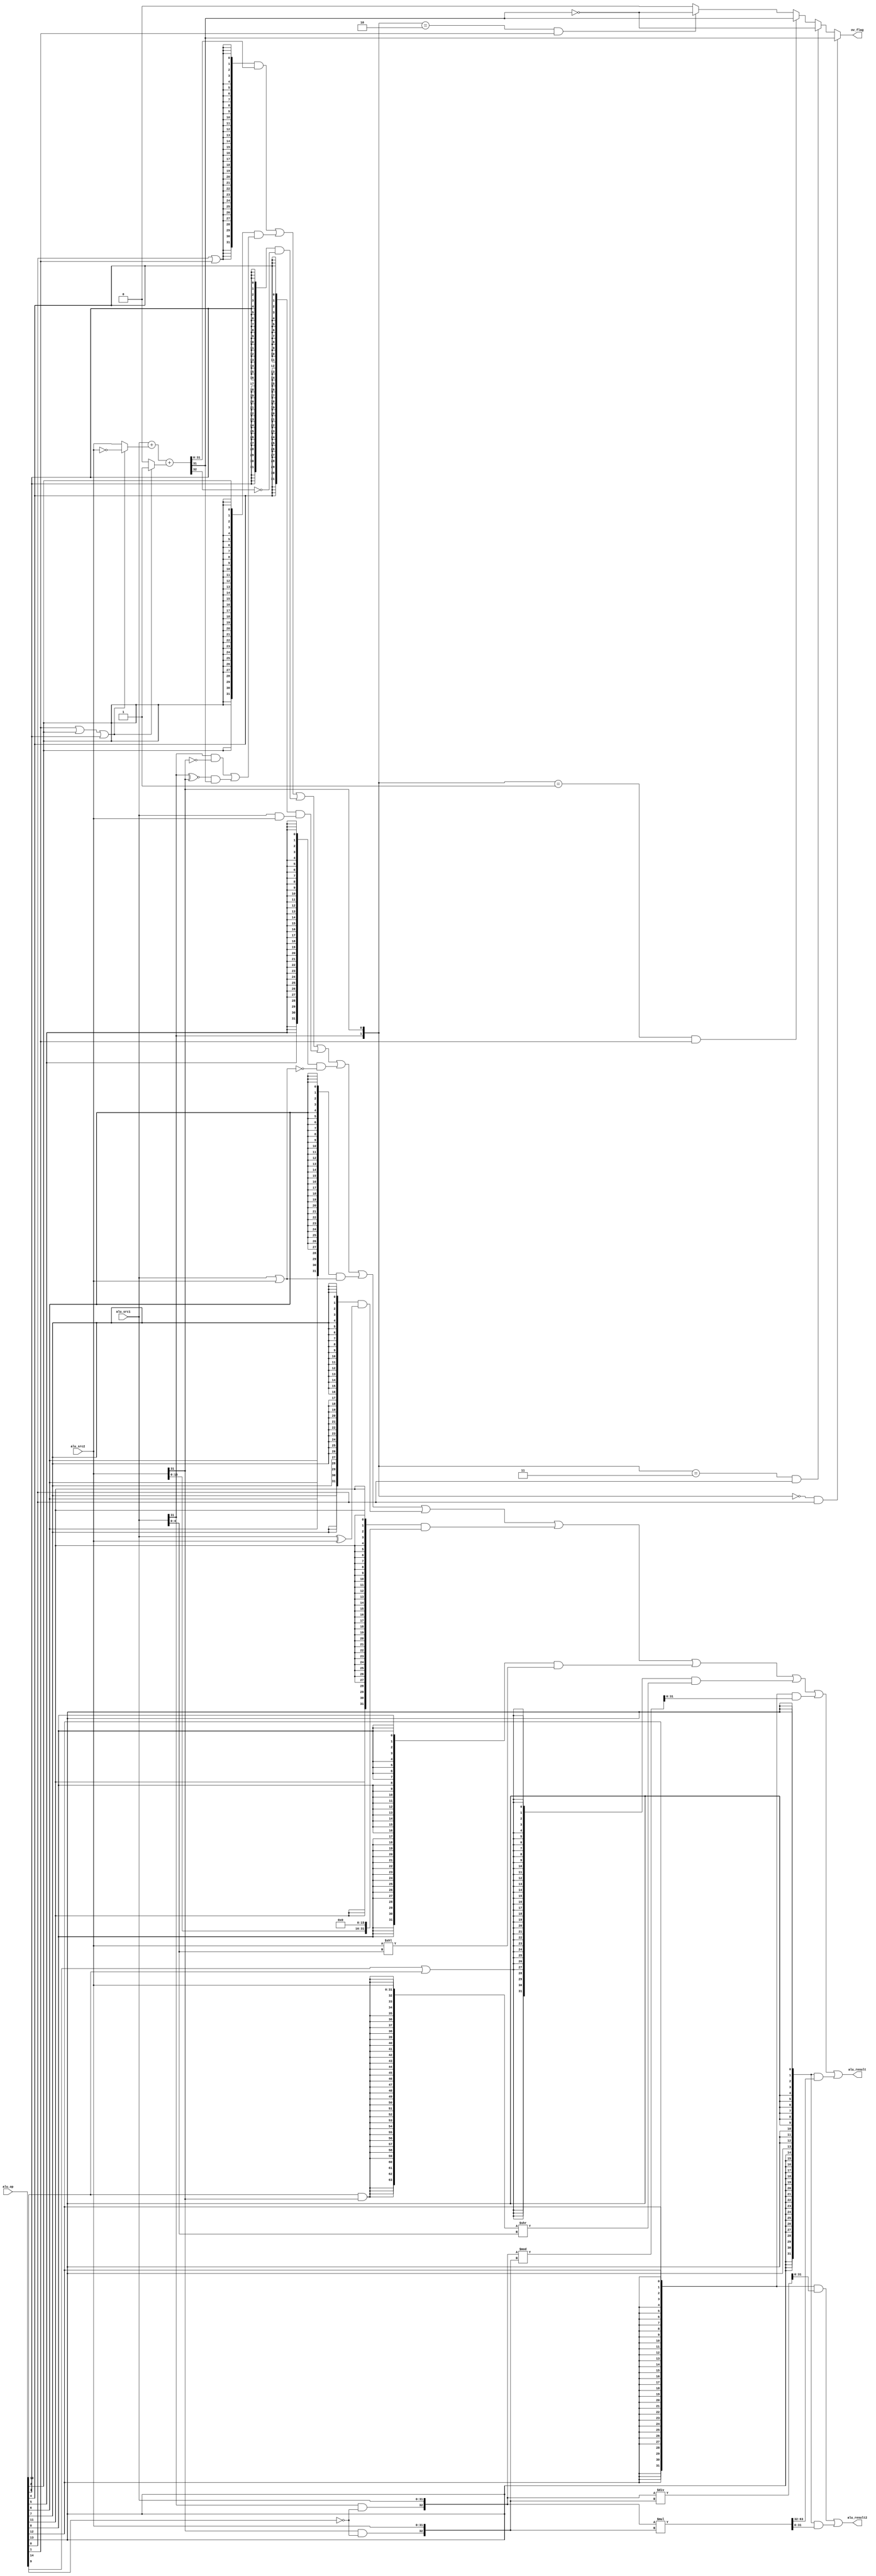
module alu(
  input  [14:0] alu_op,
  input  [31:0] alu_src1,
  input  [31:0] alu_src2,
  output        ov_flag ,
  output [31:0] alu_result ,
  output [31:0] alu_result2 
);

wire op_add;   //
wire op_sub;   //
wire op_slt;   //
wire op_sltu;  //
wire op_and;   //
wire op_nor;   //
wire op_or;    //
wire op_xor;   //
wire op_sll;   //
wire op_srl;   //
wire op_sra;   //
wire op_lui;   //
wire op_mult; // multiple
wire op_div; // divide

// control code decomposition
assign op_add  = alu_op[ 0];
assign op_sub  = alu_op[ 1];
assign op_slt  = alu_op[ 2];
assign op_sltu = alu_op[ 3];
assign op_and  = alu_op[ 4];
assign op_nor  = alu_op[ 5];
assign op_or   = alu_op[ 6];
assign op_xor  = alu_op[ 7];
assign op_sll  = alu_op[ 8];
assign op_srl  = alu_op[ 9];
assign op_sra  = alu_op[10];
assign op_lui  = alu_op[11];
assign op_div  = alu_op[12];
assign op_mult = alu_op[13];
assign op_unsign = alu_op[14];

wire [31:0] add_sub_result; 
wire [31:0] slt_result; 
wire [31:0] sltu_result;
wire [31:0] and_result;
wire [31:0] nor_result;
wire [31:0] or_result;
wire [31:0] xor_result;
wire [31:0] lui_result;
wire [31:0] sll_result; 
wire [63:0] sr64_result; 
wire [31:0] sr_result; 


// 32-bit adder
wire [31:0] adder_a;
wire [31:0] adder_b;
wire        adder_cin;
wire [31:0] adder_result;
wire        adder_cout;
wire [1:0]  adder_high;

// div & mult
wire [32:0] op_a ;
wire [32:0] op_b ;
wire [32:0] quot_result ;
wire [32:0] remd_result ;
wire [64:0] mult_result ;
wire [31:0] mult_result_hi ;
wire [31:0] mult_result_lo ;

assign adder_a   = alu_src1;
assign adder_b   = (op_sub | op_slt | op_sltu) ? ~alu_src2 : alu_src2;
assign adder_cin = (op_sub | op_slt | op_sltu) ? 1'b1      : 1'b0;
assign {adder_cout, adder_result} = adder_a + adder_b + adder_cin;
assign adder_high   = {alu_src1[31],alu_src2[31]} ;
assign ov_flag      = adder_high==2'b00 && op_add ? adder_result[31] :
                      adder_high==2'b11 && op_add ? ~adder_result[31] :
                      adder_high==2'b01 && op_sub ? adder_result[31] :
                      adder_high==2'b10 && op_sub ? ~adder_result[31] 
                                                  : 1'b0 ;

// ADD, SUB result
assign add_sub_result = adder_result;

// SLT result
assign slt_result[31:1] = 31'b0;
assign slt_result[0]    = (alu_src1[31] & ~alu_src2[31])
                        | ((alu_src1[31] ~^ alu_src2[31]) & adder_result[31]);

// SLTU result
assign sltu_result[31:1] = 31'b0;
assign sltu_result[0]    = ~adder_cout;

// bitwise operation
assign and_result = alu_src1 & alu_src2;
assign or_result  = alu_src1 | alu_src2 ;
assign nor_result = ~or_result;
assign xor_result = alu_src1 ^ alu_src2;
assign lui_result = {alu_src2[15:0], 16'b0};

// SLL result 
assign sll_result = alu_src2 << alu_src1[4:0];

// SRL, SRA result
assign sr64_result = {{32{op_sra & alu_src2[31]}}, alu_src2[31:0]} >> alu_src1[4:0];

assign sr_result   = sr64_result[31:0];

assign op_a = {alu_src1[31] & ~op_unsign , alu_src1} ;
assign op_b = {alu_src2[31] & ~op_unsign , alu_src2} ;
// DIV result
assign quot_result = $signed(op_a)/$signed(op_b) ;
assign remd_result = $signed(op_a)%$signed(op_b) ;
// MULT result
assign mult_result = $signed(op_a)*$signed(op_b) ;
assign mult_result_hi = mult_result[63:32] ;
assign mult_result_lo = mult_result[31:0] ;

// final result mux
assign alu_result = ({32{op_add|op_sub}} & add_sub_result)
                  | ({32{op_slt       }} & slt_result)
                  | ({32{op_sltu      }} & sltu_result)
                  | ({32{op_and       }} & and_result)
                  | ({32{op_nor       }} & nor_result)
                  | ({32{op_or        }} & or_result)
                  | ({32{op_xor       }} & xor_result)
                  | ({32{op_lui       }} & lui_result)
                  | ({32{op_sll       }} & sll_result)
                  | ({32{op_srl|op_sra}} & sr_result)
                  | ({32{op_div       }} & remd_result[31:0])
                  | ({32{op_mult      }} & mult_result_hi) ;
assign alu_result2 = ({32{op_div      }} & quot_result[31:0])
                  |  ({32{op_mult     }} & mult_result_lo) ;

endmodule